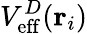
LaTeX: V_{\mathrm{eff}}^{D}({\mathbf r}_{i})